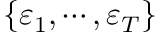
\{ \varepsilon _ { 1 } , \cdots , \varepsilon _ { T } \}